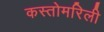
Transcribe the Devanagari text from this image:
कस्तोमरिली